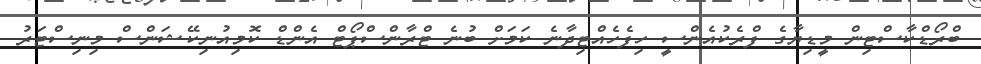
ބްރޯޑްކާސްޓިން މީޑިޔާގެ ފްރެކުއެންސީ ހިފެހެއްޓިދާނެ ކަމަށް ބުނެ ޓްރާންސްޕޯޓް އެންޑް ކޮމިއުނިކޭޝަންސް މިނިސްޓަރު